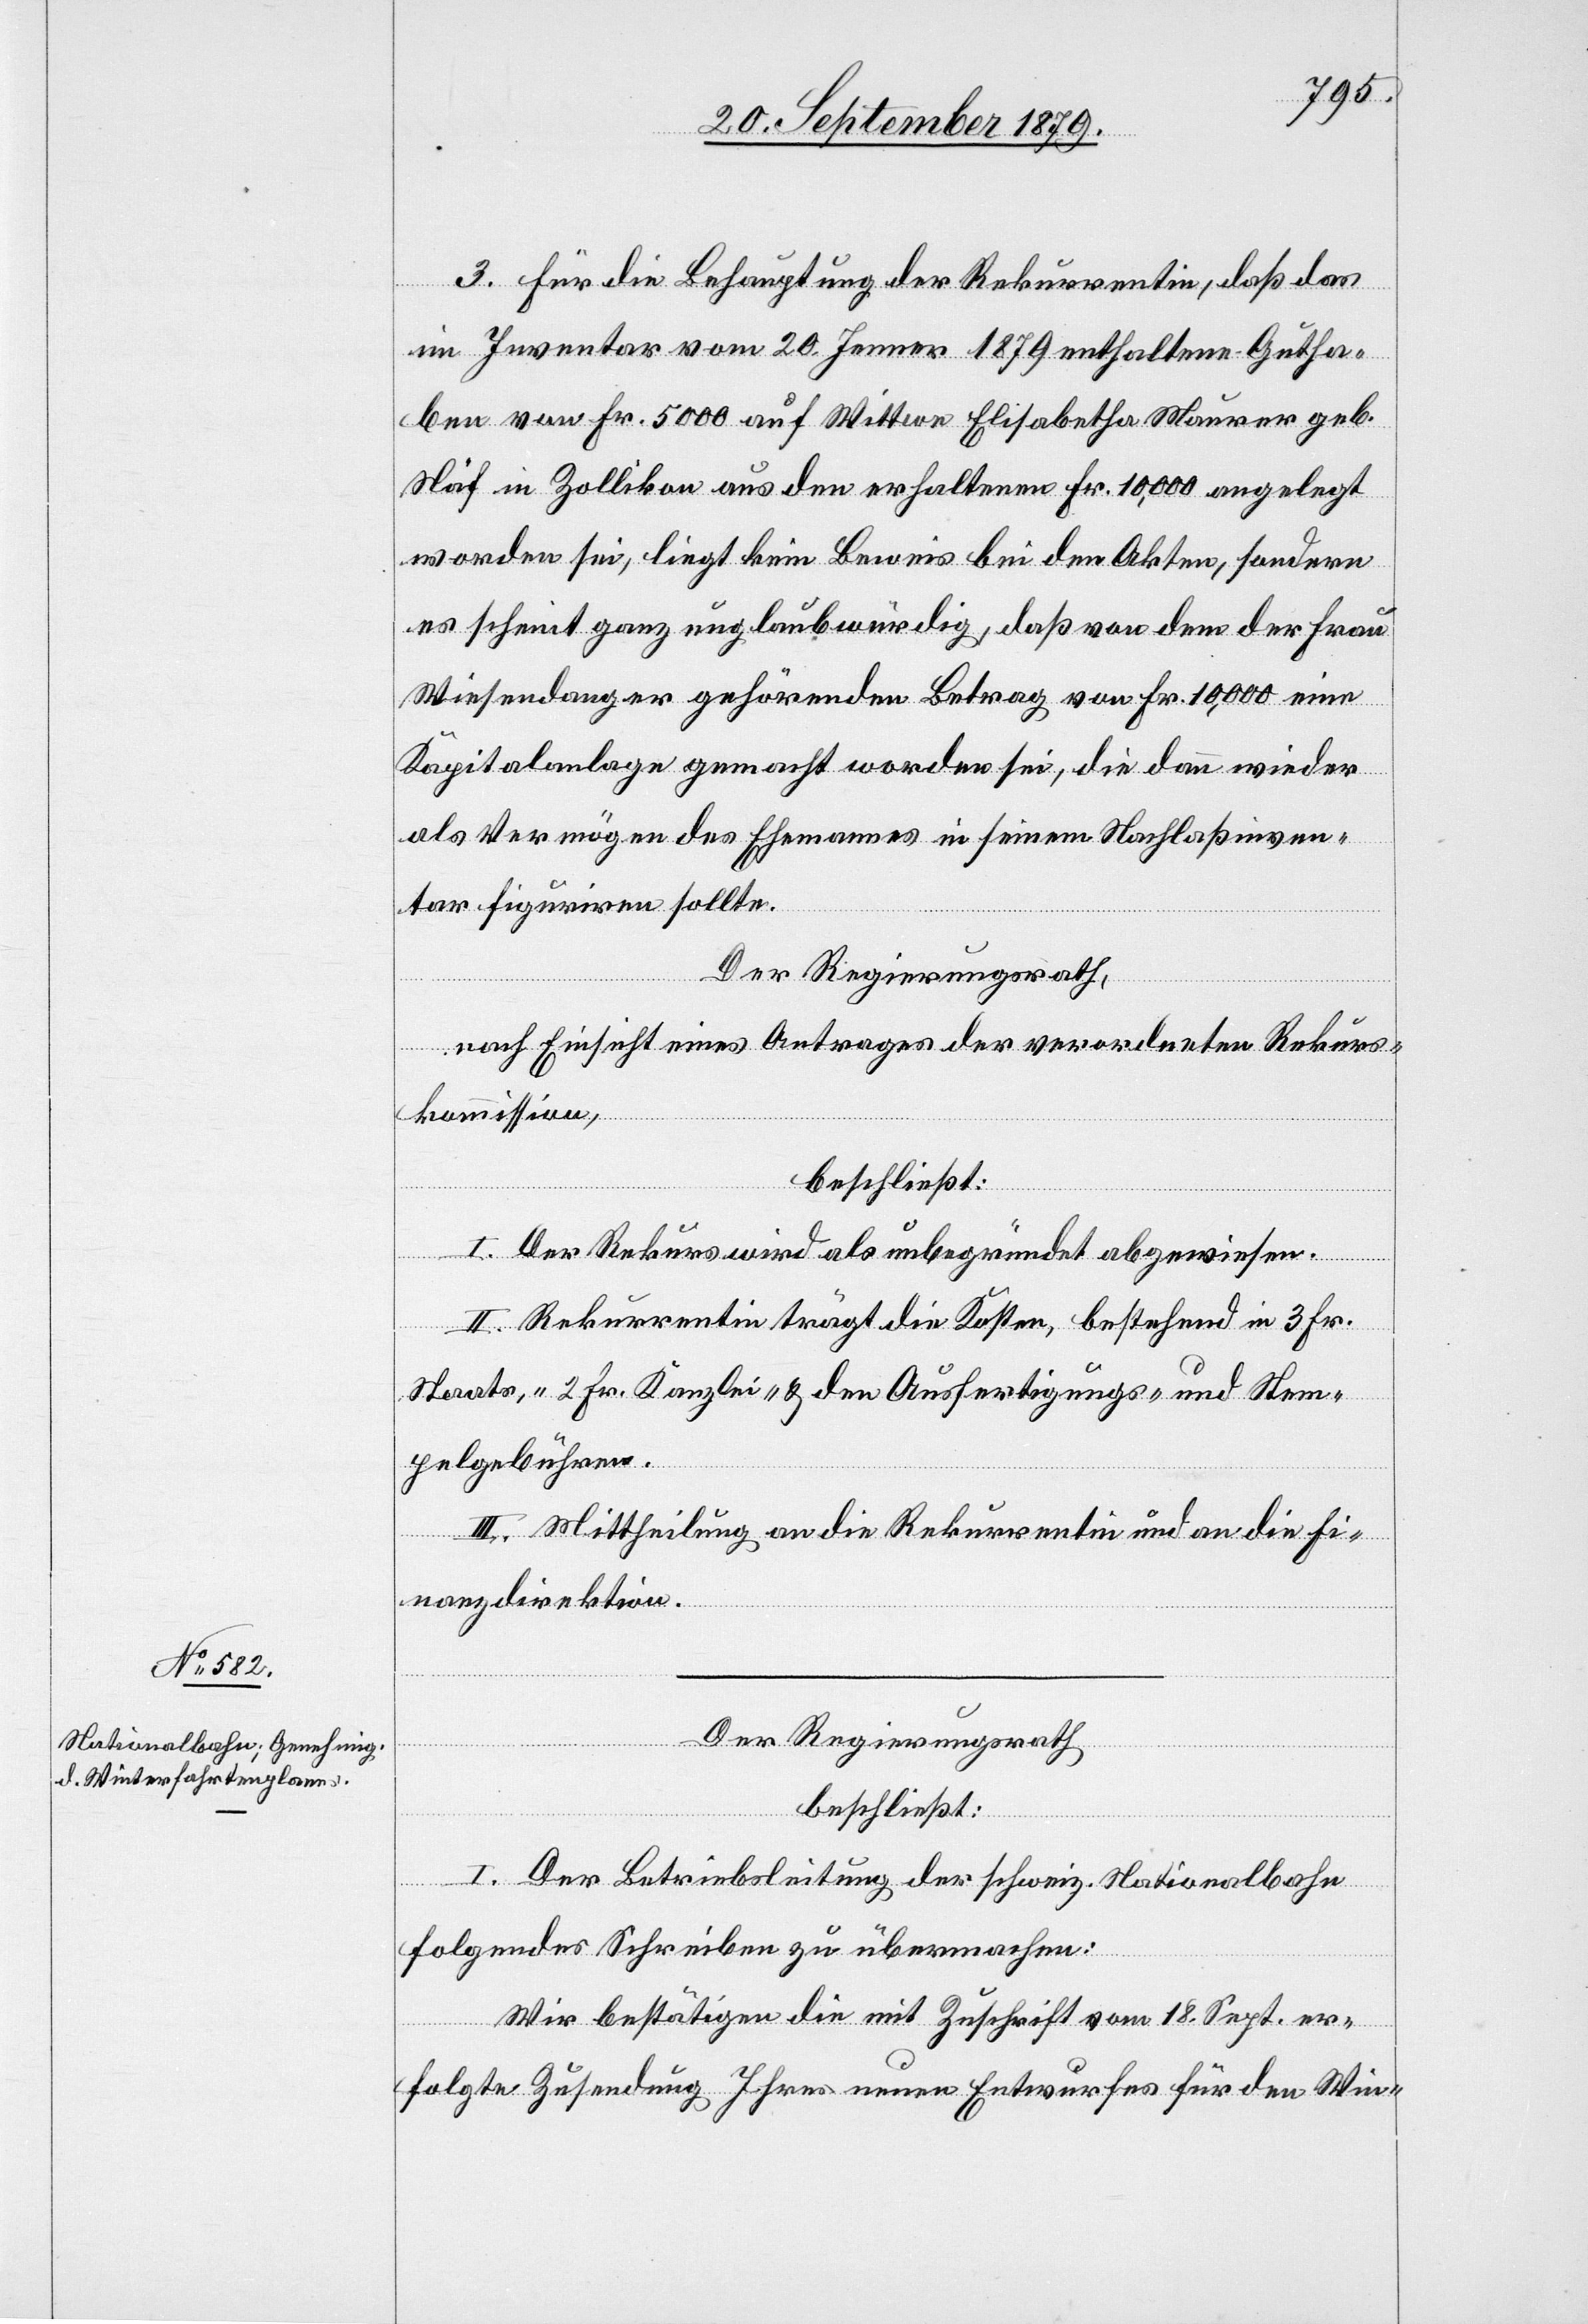
3. Für die Behauptung der Rekurrentin, daß das
im Inventar vom 20. Jenner 1879 enthaltene Gutha¬
ben von Fr. 5000 auf Wittwe Elisabetha Maurer geb.
Näf in Zollikon aus den erhaltenen Fr. 10,000 angelegt
worden sei, liegt kein Beweis bei den Akten, sondern
es scheint ganz unglaubwürdig, daß von dem der Frau
Wiesendanger gehörenden Betrag von Fr. 10,000 eine
Kapitalanlage gemacht worden sei, die dann wieder
als Vermögen des Ehemannes in seinem Nachlaßinven¬
tar figuriren sollte.
Der Regierungsrath,
nach Einsicht eines Antrages der verordneten Rekurs¬
kommission,
beschließt:
I. Der Rekurs wird als unbegründet abgewiesen.
II. Rekurrentin trägt die Kosten, bestehend in 3 Fr.
Staats-, 2 Fr. Kanzlei- & den Ausfertigungs- und Stem¬
pelgebühren.
III. Mittheilung an die Rekurrentin und an die Fi¬
nanzdirektion.
Der Regierungsrath
beschließt:
I. Der Betriebsleitung der schweiz. Nationalbahn
folgendes Schreiben zu übermachen:
Wir bestätigen die mit Zuschrift vom 18. Sept. er¬
folgte Zusendung Ihres neuen Entwurfes für den Win-